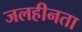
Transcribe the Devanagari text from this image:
जलहीनता